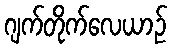
ဂျက်တိုက်လေယာဉ်